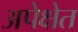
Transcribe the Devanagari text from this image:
अपेक्षेत